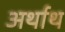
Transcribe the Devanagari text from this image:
अर्थाथ